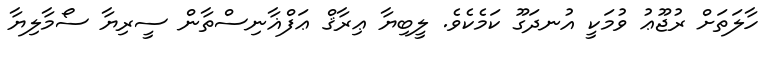
ހާލަތަށް ރުޖޫޢު ވުމަކީ އުނދަގޫ ކަމެކެވެ. ލީބިޔާ ޢިރާޤް ޢަފްޣާނިސްތާން ސީރިޔާ ސޯމާލިޔާ